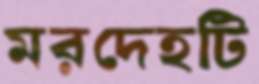
মরদেহটি